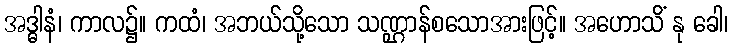
အဒ္ဓါနံ၊ ကာလ၌။ ကထံ၊ အဘယ်သို့သော သဏ္ဌာန်စသောအားဖြင့်။ အဟောသိံ နု ခေါ၊